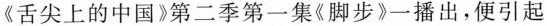
《舌尖上的中国》第二季第一集《脚步》一播出，便引起